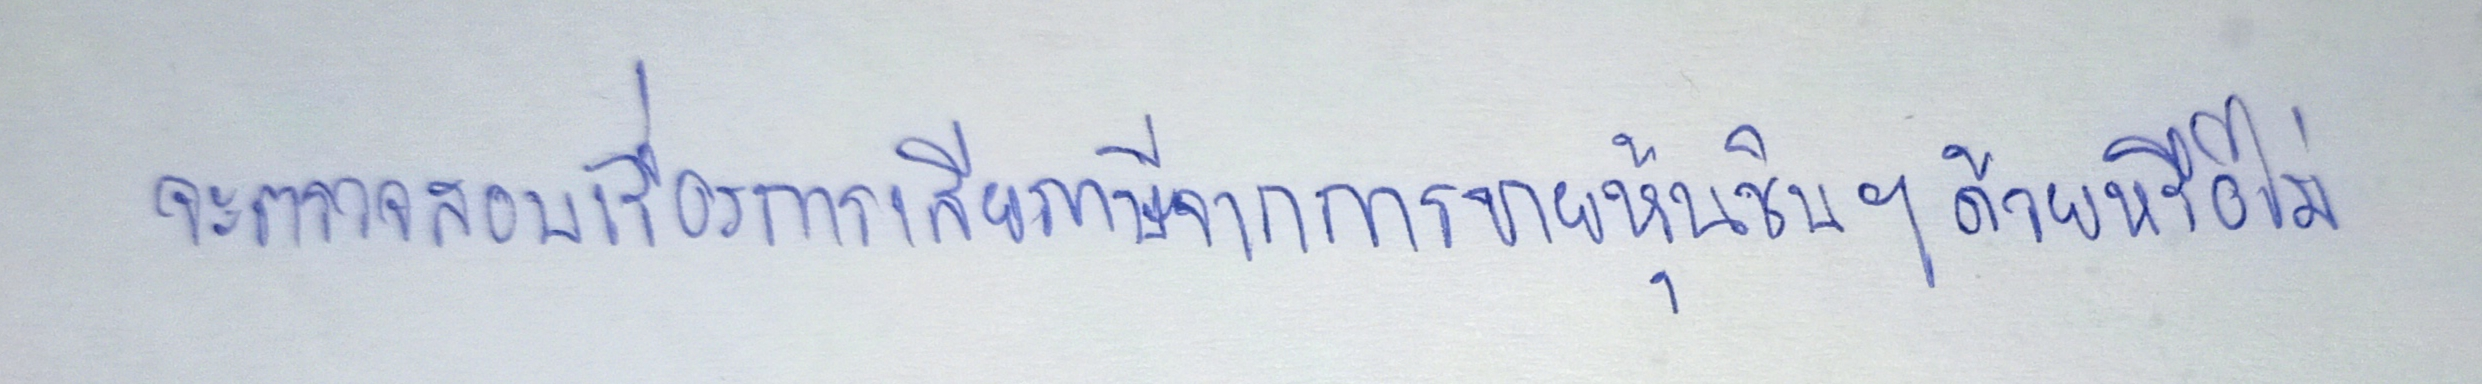
จะตรวจสอบเรื่องการเสียภาษีจากการขายหุ้นชินฯด้วยหรือไม่